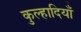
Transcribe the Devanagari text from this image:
कुल्हादियाँ